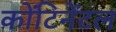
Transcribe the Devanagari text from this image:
कोंटिनेंटल